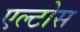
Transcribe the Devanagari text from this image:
एल्टोस